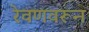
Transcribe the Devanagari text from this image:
रेवणवरून